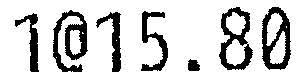
1@15.80